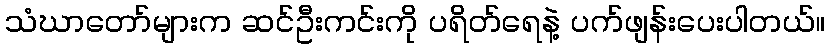
သံဃာတော်များက ဆင်ဦးကင်းကို ပရိတ်ရေနဲ့ ပက်ဖျန်းပေးပါတယ်။